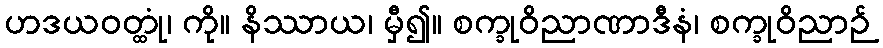
ဟဒယဝတ္ထုံ၊ ကို။ နိဿာယ၊ မှီ၍။ စက္ခုဝိညာဏာဒီနံ၊ စက္ခုဝိညာဉ်